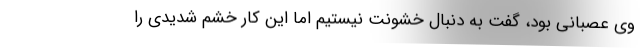
وی عصبانی بود، گفت به دنبال خشونت نیستیم اما این کار خشم شدیدی را